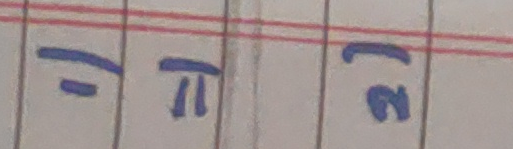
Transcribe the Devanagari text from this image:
इप२